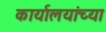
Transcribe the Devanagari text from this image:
कार्यालयांच्या